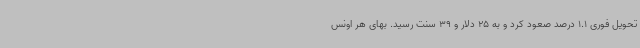
تحویل فوری 1.1 درصد صعود کرد و به 25 دلار و 39 سنت رسید. بهای هر اونس